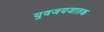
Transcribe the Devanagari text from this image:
युवजयजातक